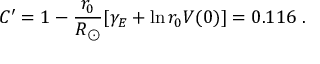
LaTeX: C ^ { \prime } = 1 - \frac { r _ { 0 } } { R _ { \odot } } [ \gamma _ { E } + \ln r _ { 0 } V ( 0 ) ] = 0 . 1 1 6 \ .